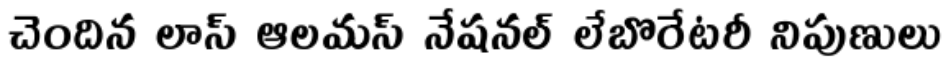
చెందిన లాస్ ఆలమస్ నేషనల్ లేబొరేటరీ నిపుణులు